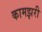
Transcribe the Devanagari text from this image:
कामझरी